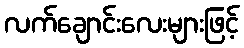
လက်ချောင်းလေးများဖြင့်